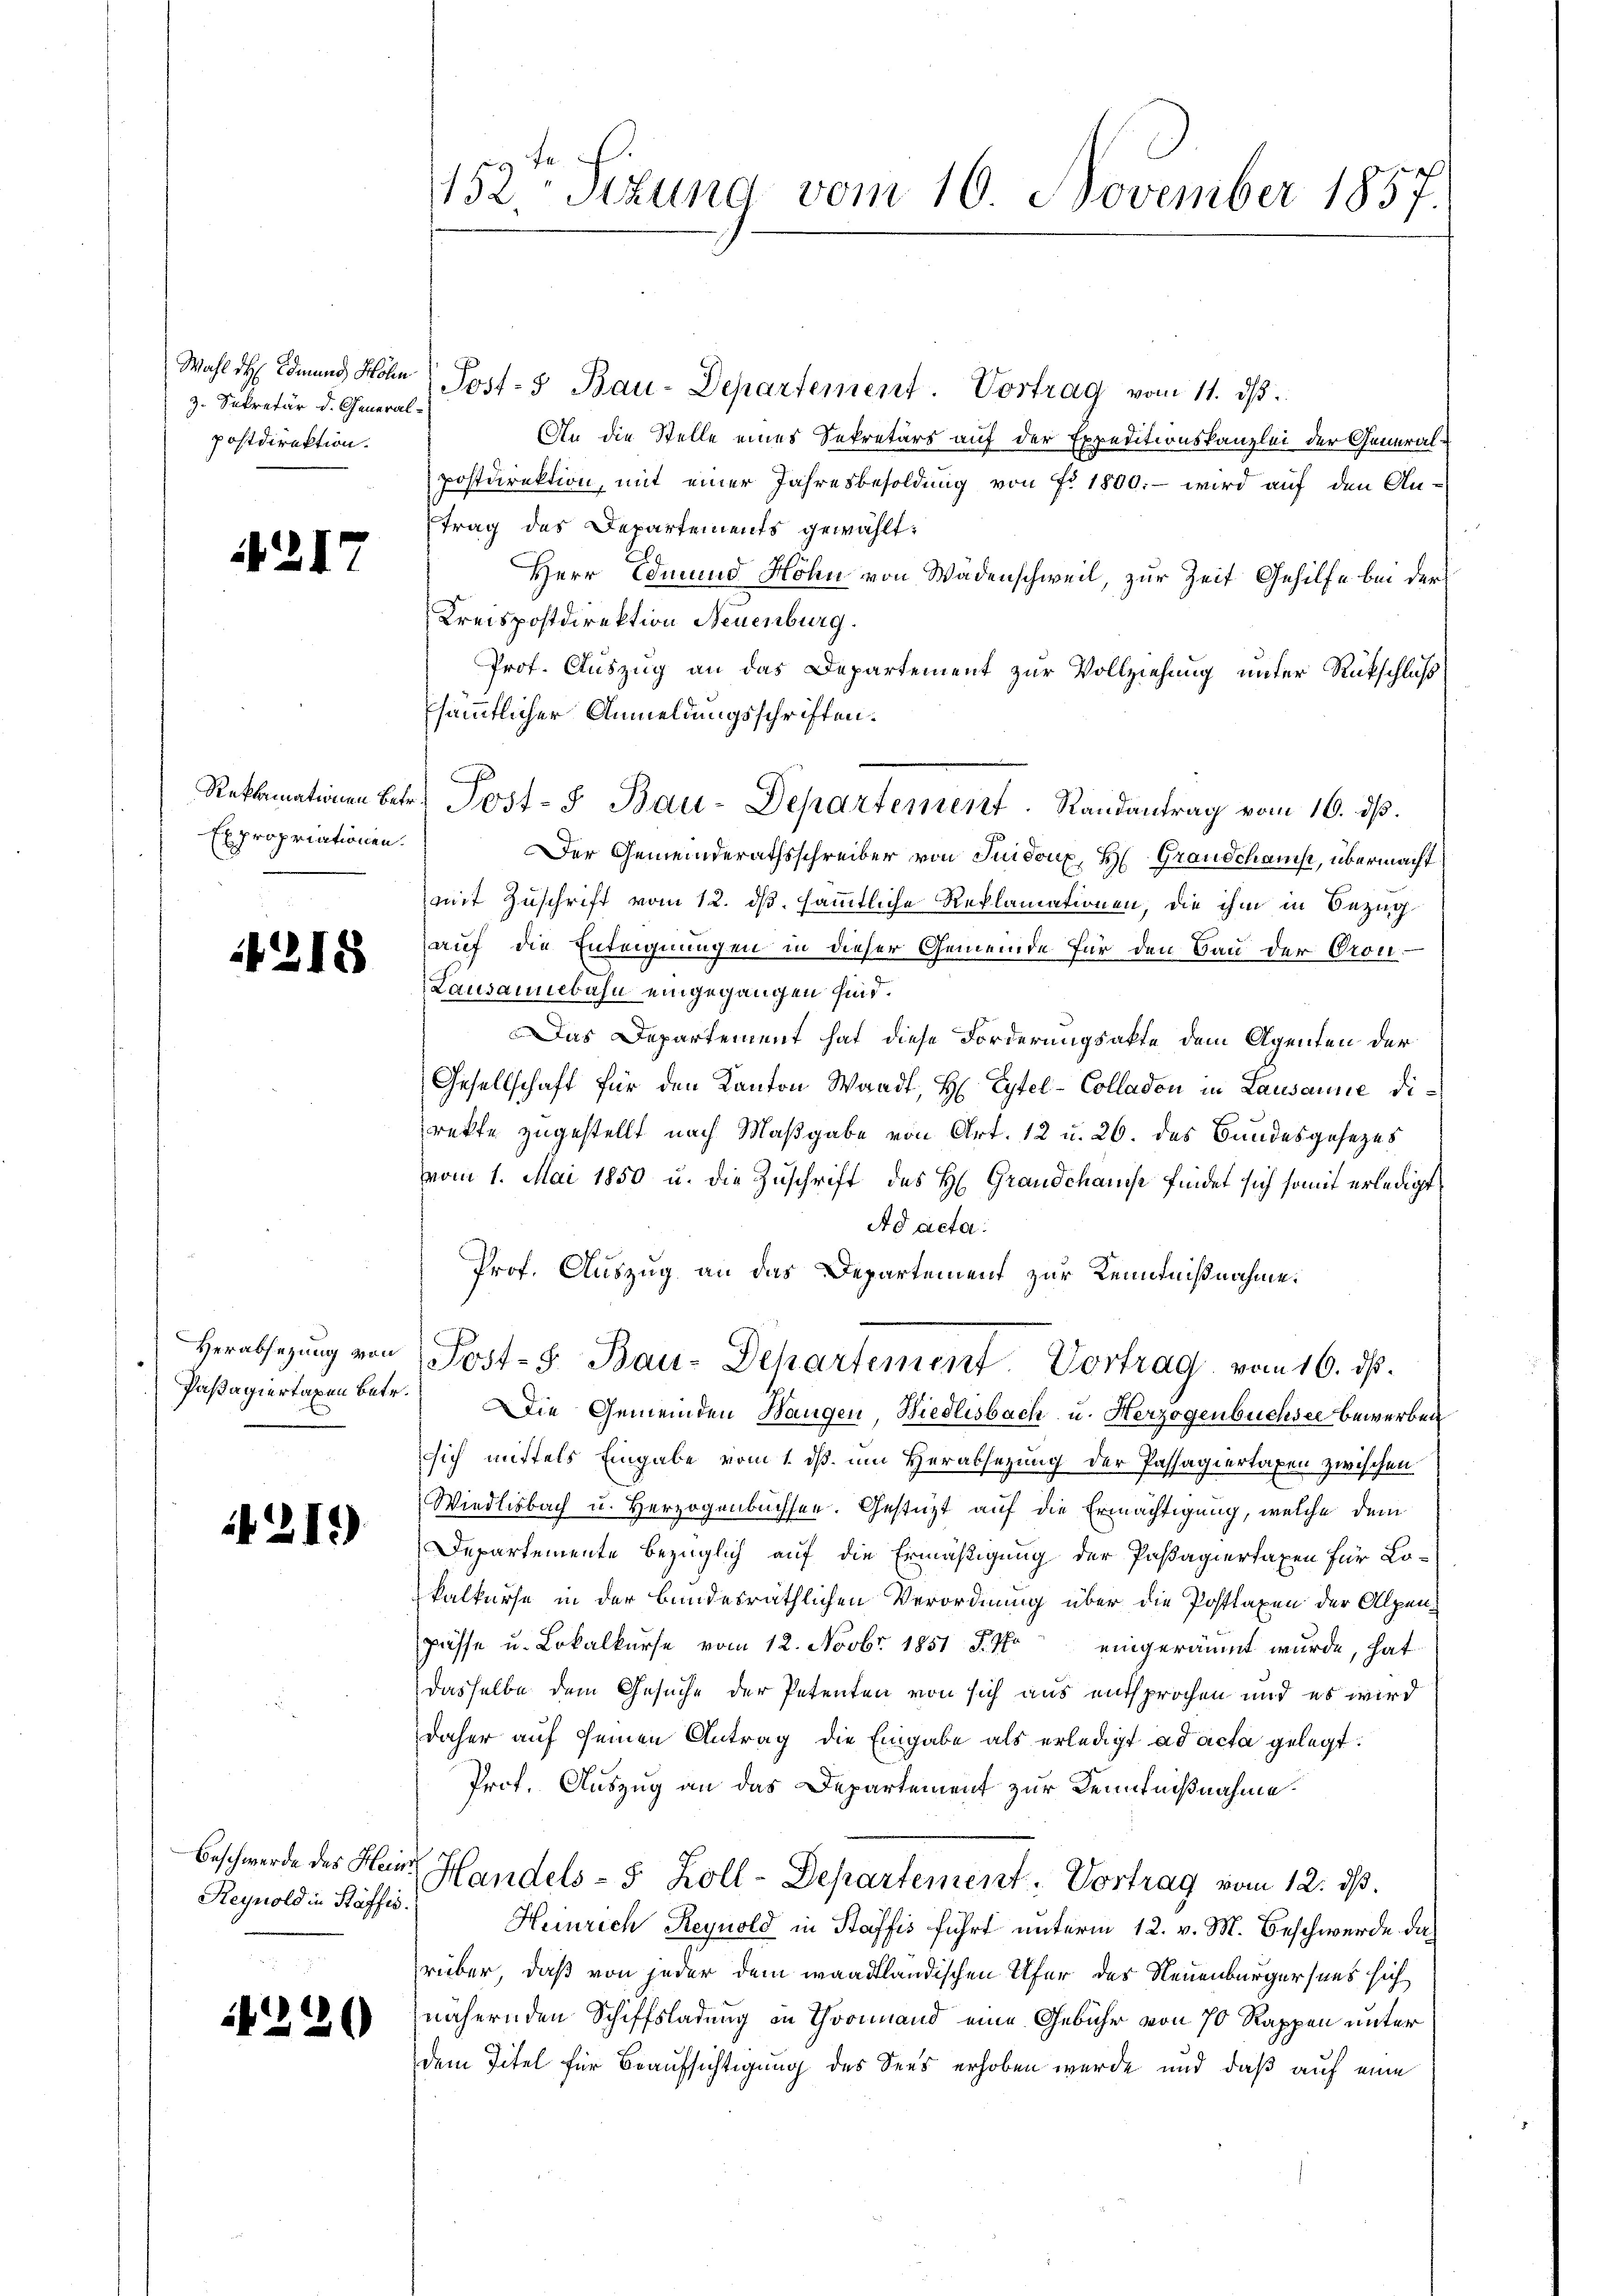
Wahl des Edmund Höhn
z. Sekretär d. Generalpostdirektion.

A217

Reklamationen Betr.
Expropriationen.

1218

Verabsezung von
Pasagiertaxen betr.

1219)

Beschwerde des Hein
Reynold in Baffis

1220

152 Sizung vom 10. November 1857.

Post- & Bau-Departement. Vortrag vom 11. dβ.
An die Stelle eines Sekretärs auf der Expeditionskanzlei der Generalpostdirektion, mit einer Jahresbesoldung von Fr. 1800.- wird auf den Antrag des Departements gewählt:
Herr Edmund Hohn von Wadenschweil, zur Zeit Gehilfe bei der
Kreispostdirektion Neuenburg.
Prof. Auszug an das Departement zur Vollziehung unter Rückschluß
sämmtlicher Anmeldungsschriften.
Der Gemeinderathsschreiber von Juidoux, H. Grandchause, übermacht
mit Zuschrift vom 12. ds. sämmtliche Reklamationen, die ihm in Bezug
auf die Enteignungen in dieser Gemeinde für den Bau der Pron-
Lausannebahn eingegangen sind.
Das Departement hat diese Forderungsakte dem Agenten der
Gesellschaft für den Kanton Waadt, H. Eytel-Colladon in Lausanne direkte zugestellt nach Maßgabe von Art. 12 u. 26. des Bundesgesetzes
vom 1. Mai 1850 u. die Zuschrift des H. Grandchause findet sich somit erledigt
Ad acta.
Prof. Auszug an das Departement zur Kenntnißnahme.
Post-S. Bau-Dehartement. Vortrag vom 16. ds.
Die Gemeinden Wangen, Biedlisbach u. Herzogenbuchsee bewerben
ssich mittels Eingabe vom 1. ds. um Herabsetzung der Passagiertaxen zwischen
Wiedlisbach u. Herzogenbüchsen. Gestüzt auf die Ermächtigung, welche dem
Departemente bezüglich auf die Ermäßigung der Passagiertaxen für Lokalkurse in der bundesräthlichen Verordnung über die Posttaxen der Alpenpasse u. Lokalkurse vom 12. Novbr. 1851 S. Wo eingeräumt wurde, hat
dasselbe dem Gesuche der Petenten von sich aus entsprochen und es wird
daher auf seinen Antrag die Eingabe als erledigt ad acta gelegt.
Prof. Auszug an das Departement zur Kenntnißnahme.
Handels- 5 Zoll-Departement. Vortrag vom 12. ds.
Heinrich Reynold in Staffis führt unterm 12. v. M. Beschwerde das
rüber, daß von jeder dem waadtländischen Ufer des Neuenburgersees sich
nähernden Schiffsladung in Trainand eine Gebühr von 70 Rappen unter
dem Titel für Beaufsichtigung des Sees erhoben wurde und daß auf eine

Post-S Bau-Departement. Randantrag vom 16. ds.